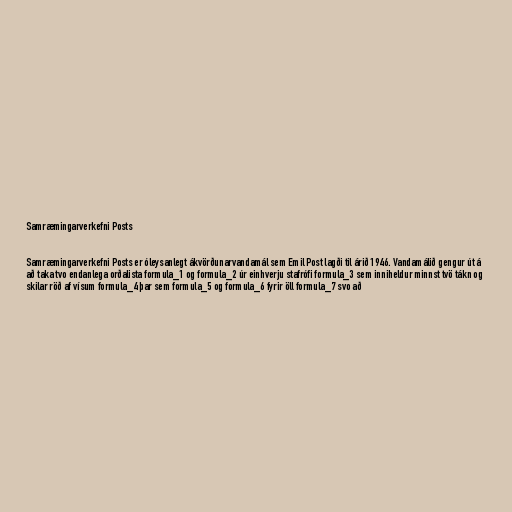
Samræmingarverkefni Posts

Samræmingarverkefni Posts er óleysanlegt ákvörðunarvandamál sem Emil Post lagði til árið 1946. Vandamálið gengur út á
að taka tvo endanlega orðalista formula_1 og formula_2 úr einhverju stafrófi formula_3 sem inniheldur minnst tvö tákn og
skilar röð af vísum formula_4 þar sem formula_5 og formula_6 fyrir öll formula_7 svo að